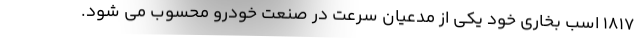
1817 اسب بخاری خود یکی از مدعیان سرعت در صنعت خودرو محسوب می شود.